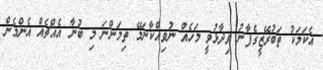
އެކަމަކު ތަބުރޭޒީގެފާނު ވިދާޅުވީ މަހެއް ނުވިއްކާނަމޭ ތިމަންނަ މި ބުނާ އެއްޗެއް އެންމެން